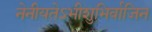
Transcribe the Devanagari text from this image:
नेनीयतेऽभीशुभिर्वाजिन